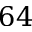
6 4